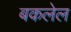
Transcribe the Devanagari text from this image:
बकलेल